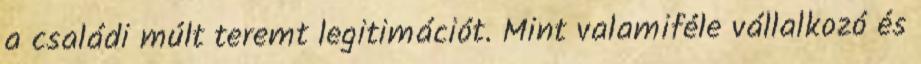
a családi múlt teremt legitimációt. Mint valamiféle vállalkozó és